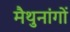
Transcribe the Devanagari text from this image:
मैथुनांगों